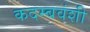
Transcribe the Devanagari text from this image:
कदम्बवंशी